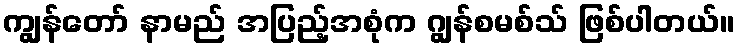
ကျွန်တော် နာမည် အပြည့်အစုံက ဂျွန်စမစ်သ် ဖြစ်ပါတယ်။